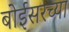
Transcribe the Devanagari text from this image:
बोईसरच्या